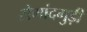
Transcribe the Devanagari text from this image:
सेमांदगुड़ी